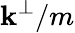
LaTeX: \mathbf{k}^{\perp}/m